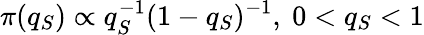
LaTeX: \pi(q_{S})\propto q_{S}^{-1}(1-q_{S})^{-1},\ 0<q_{S}<1